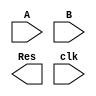
`timescale 1ns / 1ps

module pro_multi(
    input [31:0] A,
    input [31:0] B,
    output [31:0] Res,
    input clk
    );
    
endmodule